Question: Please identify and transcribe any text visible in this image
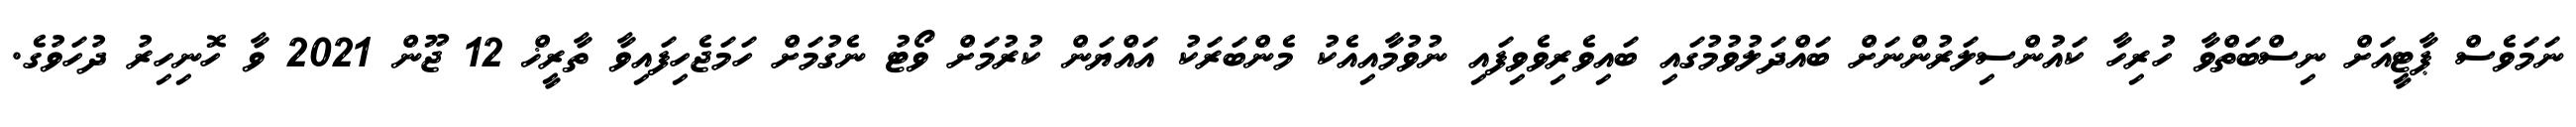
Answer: ނަމަވެސް ޕާޓީއަށް ނިސްބަތްވާ ހުރިހާ ކައުންސިލަރުންނަށް ބައްދަލުވުމުގައި ބައިވެރިވެވިފައި ނުވުމާއިއެކު މެންބަރަކު އައްޔަން ކުރުމަށް ވޯޓު ނެގުމަށް ހަމަޖެހިފައިވާ ތާރީޚް 12 ޖޫން 2021 ވާ ހޮނިހިރު ދުހަވުގެ.